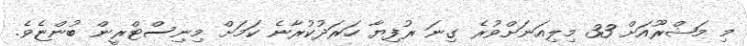
މި މަޝްރޫއަށް 33 މިލިއަނަށްވުރެ ގިނަ ރުފިޔާ ހަރަދުކުރާނެ ކަމަށް މިނިސްޓްރީން ބުންޏެވެ.